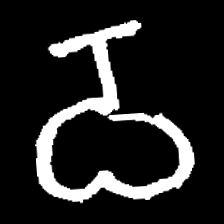
Pyu character \u2014 Myanmar letter: ဝ (romanized: wa)